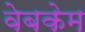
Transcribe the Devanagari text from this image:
वेबकेम